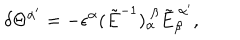
\delta \Theta ^ { \alpha ^ { \prime } } = - \epsilon ^ { \alpha } ( \tilde { E } ^ { - 1 } ) _ { \alpha } ^ { \ \beta } \tilde { E } _ { \beta } ^ { \ \alpha ^ { \prime } } ,